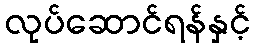
လုပ်ဆောင်ရန်နှင့်